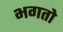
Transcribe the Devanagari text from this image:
भगतो